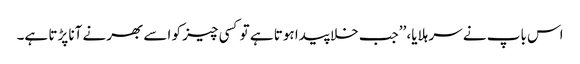
اس باپ نے سر ہلایا، ’’جب خلا پیدا ہوتا ہے تو کسی چیز کو اسے بھرنے آنا پڑتا ہے۔